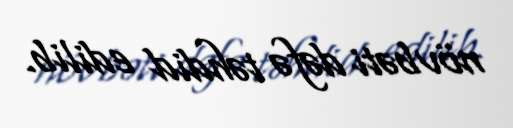
növbəti dəfə təhdid edilib.